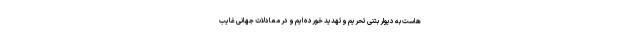
هاست به دیوار بتنی تحریم وتهدید خورده ایم و در معادلات جهانی غایب